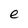
Character: e